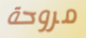
مروحة